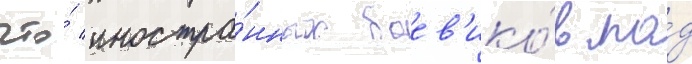
что́ иностра́нных боев'ико́в по́д